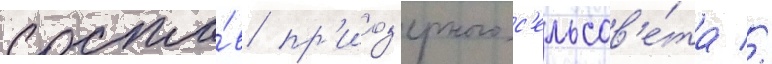
соста́в пр'иоз'ерного с'ельсов'е́та //